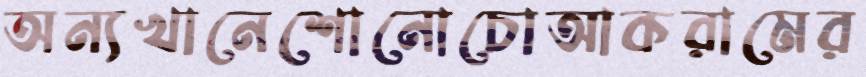
অন্যখানেশোনোচোআকরামের